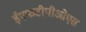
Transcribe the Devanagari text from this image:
ईएफटीपीओएस